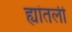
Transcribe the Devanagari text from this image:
ह्यांतली